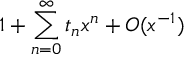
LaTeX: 1 + \sum _ { n = 0 } ^ { \infty } t _ { n } x ^ { n } + { \cal O } ( x ^ { - 1 } )